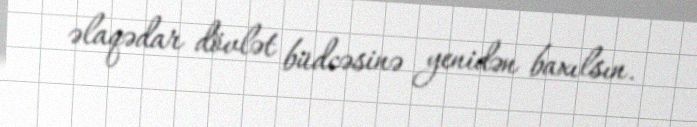
əlaqədar dövlət büdcəsinə yenidən baxılsın.